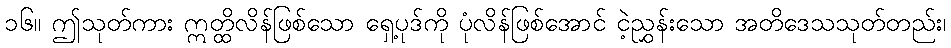
၁၆။ ဤသုတ်ကား ဣတ္ထိလိန်ဖြစ်သော ရှေ့ပုဒ်ကို ပုံလိန်ဖြစ်အောင် ငဲ့ညွှန်းသော အတိဒေသသုတ်တည်း၊